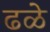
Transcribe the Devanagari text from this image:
ढळे